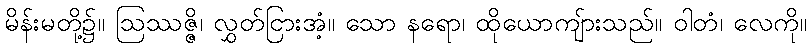
မိန်းမတို့၌။ ဩဿဇ္ဇိ၊ လွှတ်ငြားအံ့။ သော နရော၊ ထိုယောကျ်ားသည်။ ဝါတံ၊ လေကို။